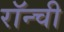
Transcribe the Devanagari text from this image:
रॉन्ची